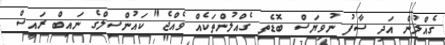
ގެއްލުން އަދި ސާފު ނުވިޔަސް ބޮޑެތި ގެއްލުންތަކެއް ވެއްޖެ" ކައުންސިލްގެ ނައިބް ރައީސް